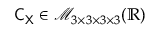
\mathsf { C } _ { \mathsf { X } } \in \mathcal { M } _ { 3 \times 3 \times 3 \times 3 } ( \mathbb { R } )